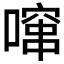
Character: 𱔤